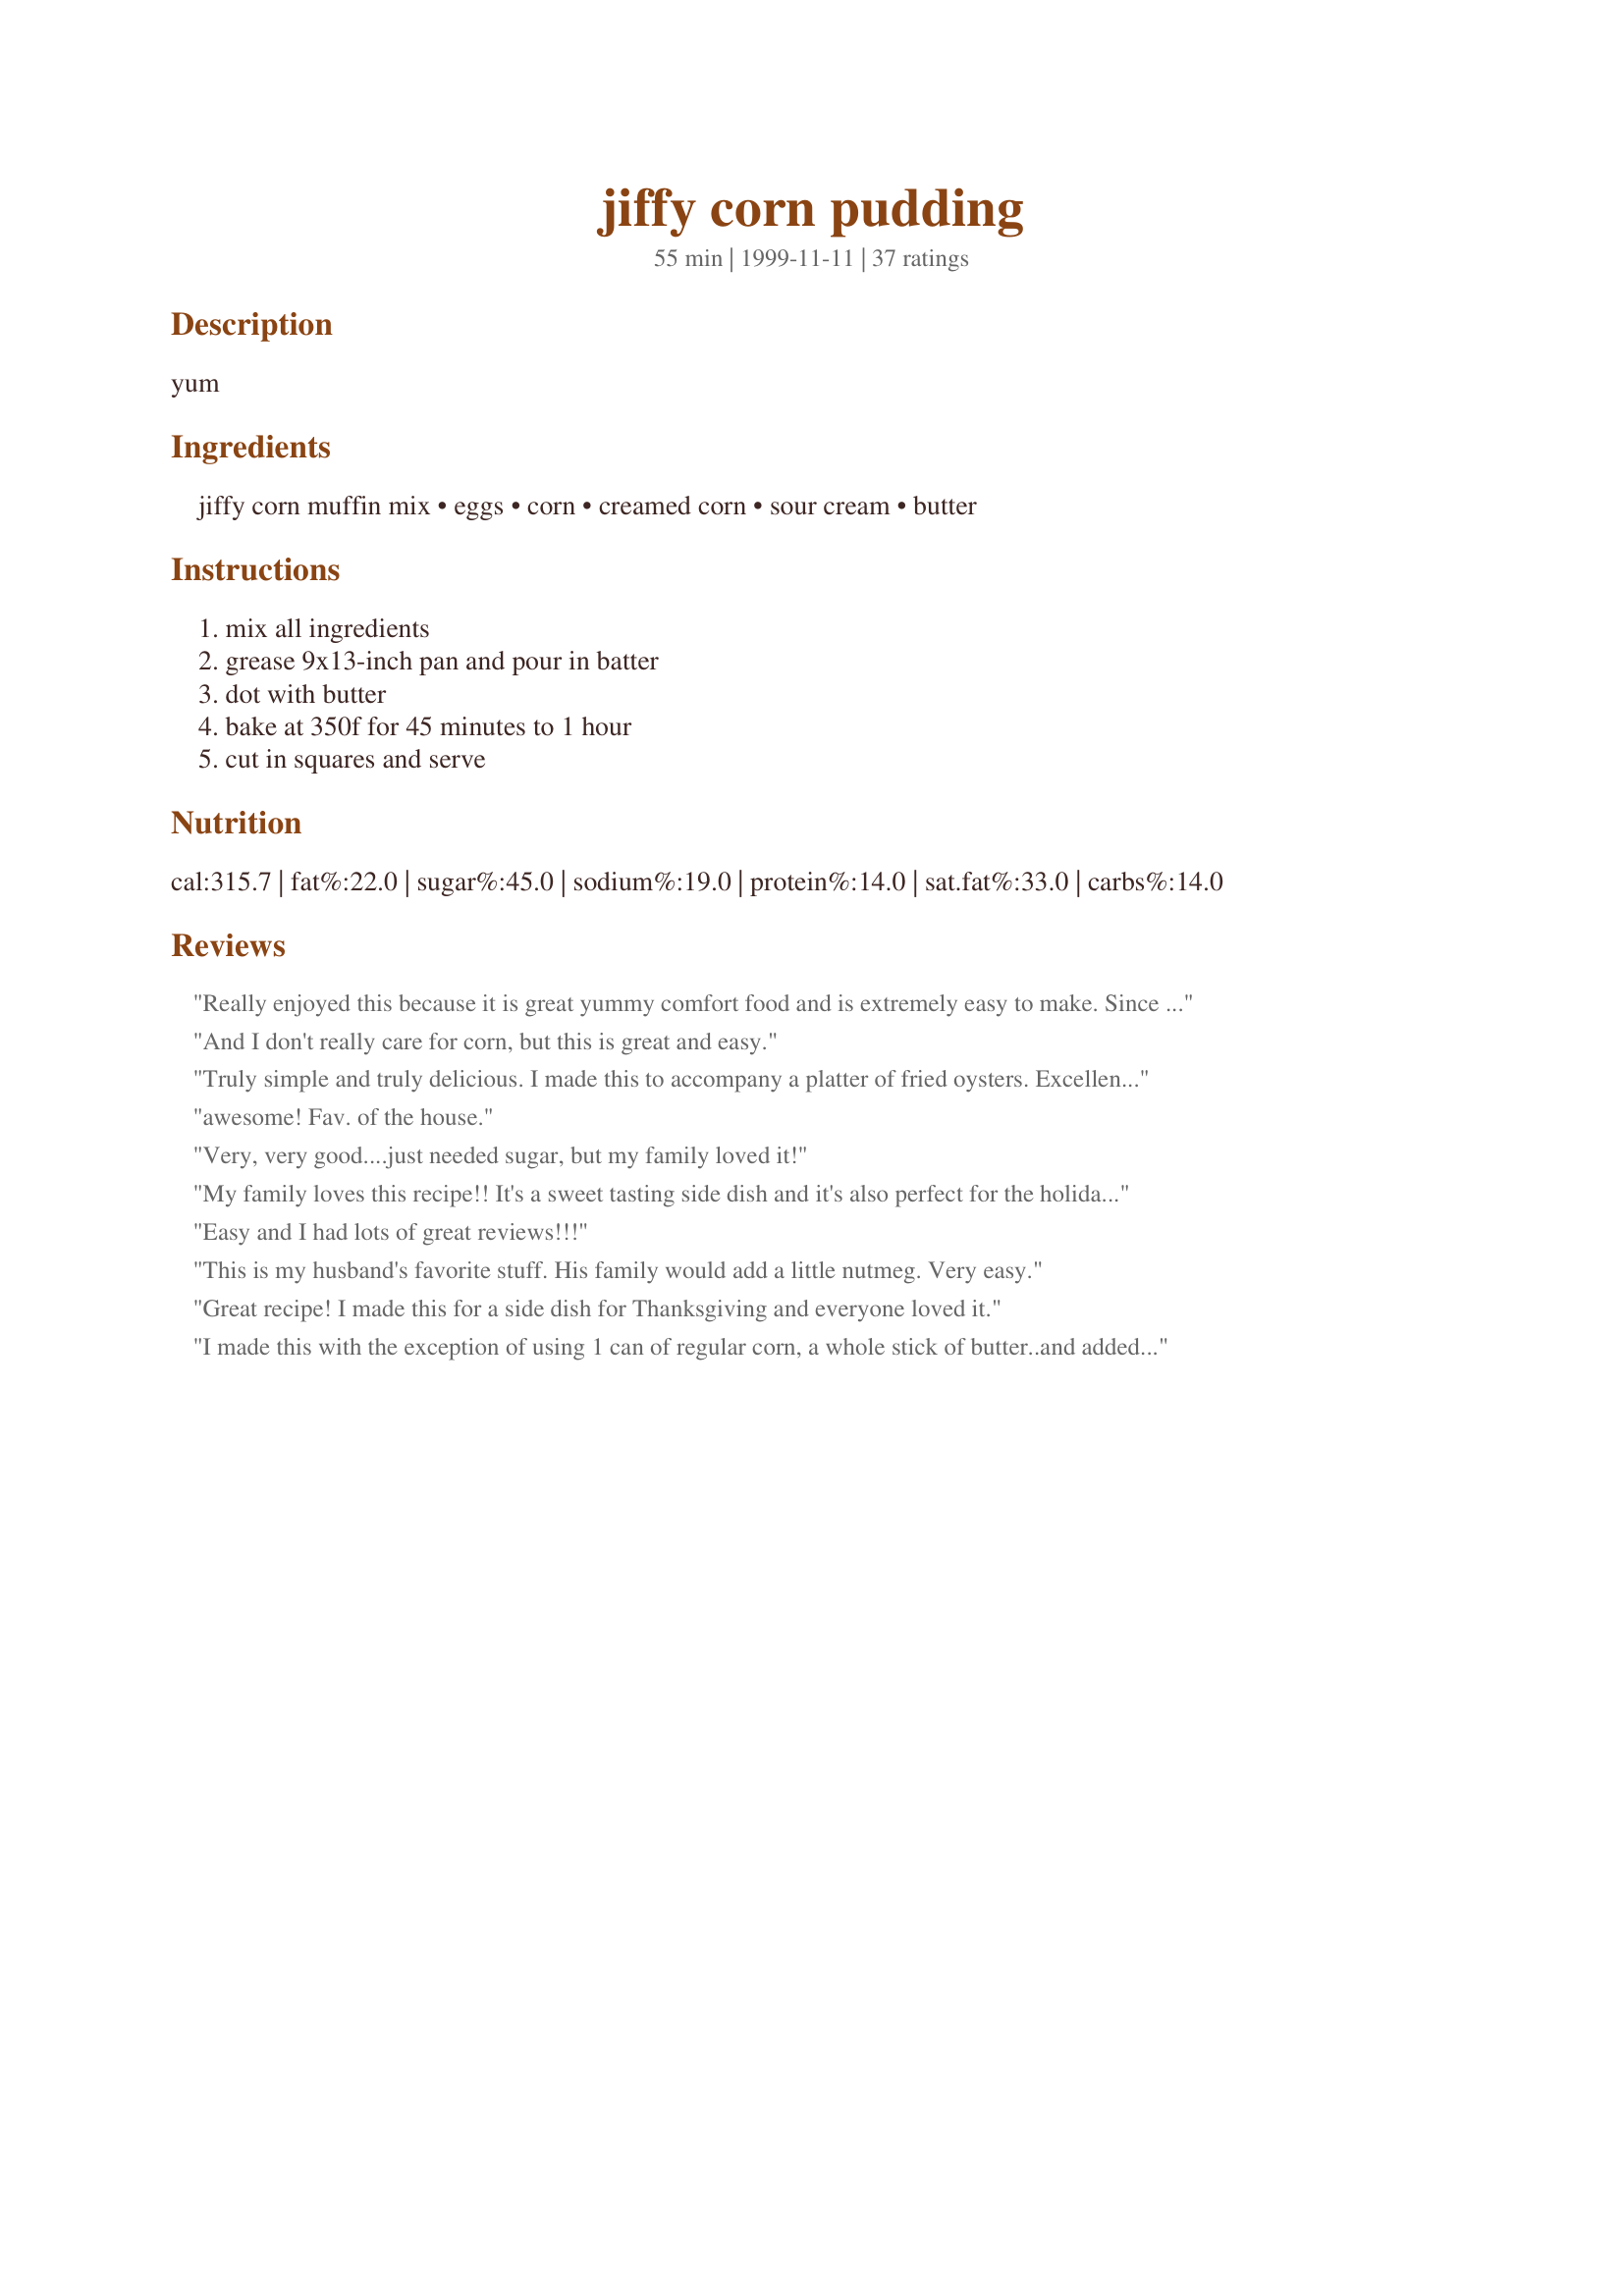
jiffy corn pudding
Preparation time: 55 minutes

yum

Ingredients:
jiffy corn muffin mix, eggs, corn, creamed corn, sour cream, butter

Steps:
mix all ingredients, grease 9x13-inch pan and pour in batter, dot with butter, bake at 350f for 45 minutes to 1 hour, cut in squares and serve

Reviews:
Really enjoyed this because it is great yummy comfort food and is extremely easy to make. Since we were a table of 3 for Thanksgiving and the oven was full, I halved the recipe and made it in a 4x6 casserole pan and baked it at 350 degrees in the toaster oven for approximately 35-40 minutes. This will work as an alternative to other carbs like mashed potatoes. I had the left over piece today with turkey, gravy and homemade cranberry sauce and it was actually better than on Thanksgiving, as it was a bit less wet. Thanks for the recipe!
And I don't really care for corn, but this is great and easy.
Truly simple and truly delicious. I made this to accompany a platter of fried oysters. Excellent. Thanks for posting this!
awesome! Fav. of the house.
Very, very good....just needed sugar, but my family loved it!
My family loves this recipe!! It's a sweet tasting side dish and it's also perfect for the holidays. I've also made it using mexican canned corn instead of regular. mmmmmgood!!!!
Easy and I had lots of great reviews!!!
This is my husband's favorite stuff. His family would add a little nutmeg. Very easy.
Great recipe! I made this for a side dish for Thanksgiving and everyone loved it.
I made this with the exception of using 1 can of regular corn, a whole stick of butter..and added cheese and diced ortega chilis--It was a winner..and I love the simplicity of only having to open cans and dump ingredients..minimal clean up and my daughter can do it by herself--
I followed the recipe exactly but no one in my large family really liked this at all. I wanted to like it as it sounds really good, but I just didn't.
I made this for Christmas dinner and the big joke was how bad it was! (just to keep others from trying it) By our family's unanimous vote, it has been added to the list of "traditional" dishes for our Christmas dinner. Thanks for such a wonderful recipe! And easy, too!
I just returned from my family reunion where this was served. Oh my goodness!!! Only one change, my cousin added a scant 1/4 cup sugar and a full stick of butter. Yummy!!!!!
This recipe is perfect! It is very easy to make, has very few ingredients, and my family loved it.
So easy, so good. Thank you.
joowilly
We really enjoyed this corn pudding. The texture was just perfect. I served it with shrimp etouffee. It was sooooo yummy. Thanks for posting this recipe.
We have made this recipe a few times since Thanksgiving and I really loved it. It is kindof like the Mexican corn side dish you get in restaurants mixed with old time southern cooking!
So easy and so tasty! I keeper for me!
Where did this come from and why did it take me so long to make it??? This is excellent! I froze the leftovers and will enjoy them with numerous other meals. Can't think of anything this would not go with. Thanks Helen.
This is very similar to one I made from Taste of Home cookbook for Thanksgiving, which we LOVED!

The only changes I made was to add 1/2 cup sugar (I used Splenda) and only 1 can of whole kernel corn and 1 can of creamed corn. The sugar adds just a touch of sweetness. Thanks for sharing!
Doubled easily. Added pepper and some shredded cheddar. Great side for a wide array of main dishes.
My 5 year old made this almost completely by herself and it turned out fantastic!!! Everyone loved it and because she made it herself, my veggie shy daughter ate 3 helpings!!
I took this to a potluck at church and it was loved. I had to use 2 cans of cream corn and 1 can corn, that's all I had. Turned out great.
A must serve in this Southern home! It's easy, inexpensive and tasty. Always a hit!
Usually I make rice with my old standby, Campbells' Mushroom Soup Chicken, but today I made this corn pudding. It was a great success. My husband and children ate every bit. I like it because I always have everything on hand to make this ! Great recipe for teaching children how to cook !
I really liked this. I'm not a fan of creamed corn and I had a can of them I was wanting to use up. I chose this recipe and am so glad I did. I now am going to buy more cream corn so I can make this recipe. Perfect side dish for my ribs and mac and cheese. Thank you for sharing your recipe with us.
Sooo very good, I ate almost all of it by myself. This corn Pudding is KING and by the way I'm having Baked Turkey Wings and 
Cornbread Stuffing mixed w/Bread 
chicken stuffing both box mixes and the CORN PUDDING is in the oven now!! YUM! Jackie
p.s. I added 1 more egg and 1 more can of cream corn and a little sugar. This made "sooo very good" just a little better!
Very easy recipe! I didn't have any cans of corn, but did use creamed corn and used only 5 oz of sour cream (thats all we had)! I also added splenda to sweeten it up! I also baked it at 400F for 30 minutes to eat this with the rest of dinner. My hubby hates corn-anything, but actually ate this because he said it wasn't too "corny" or dry. This was so fast to make and cheap!
Very good!! My entire family loved it and wanted the recipe!!
Recipes is very easy and combines two of my favorite foods very good and everyone loves it definately a keeper Thanks so much for the recipie
I LOVE this recipe! My family always added sugar to make it a little sweeter, and my in-laws put crumbled Ritz crackers on top. Either way, this dish is always there when the family has a big dinner.
This is just the best ever corn pudding recipe. I would give it 10 stars if I could. I made it for Christmas dinner and it was a big hit. No leftovers. I followed the recipe exactly, and could not have been happier with the results.
This is a great recipe. It is VERY EASY. This is an extremely kid friendly recipe. I have a very picky 6 yr old who isn't a fan of vegetables...he came back for 3rds. Thank you for the recipe its a keeper.
simple and awesome! it was a great consistency, not souffle-like, but not stiff cornbread-like. A great side dish for thanksgiving, and it would be great in the summer with barbecue. not too sweet, and very economical. this recipe will make me question just making the ordinary Jiffy cornbread from now on.
My boyfriend is from the south and asked for corn pudding. I made this and he said it was authentic southern corn pudding! It was such a hit, I made it for a barbeque last month and my guests are still talking about it and one even asked to reserve his piece of corn pudding for the next get-together! This is delicious and so simple!
I have been making this side dish for a little over a year now and everyone loves it. It's my daughter-in-law's favorite and she asks me to make it when they come over for dinner. It's also a favorite at work, when I bring this for potlucks. Like some of the other reviewers, I add about 1/2 cup of sugar to the batter before pouring it into the baking dish. It tastes a lot like a dish served at a local Mexican restaurant called El Torito, and I looked high and low to find this recpie. Try it.... I think you'll like it.
I used frozen instead of canned and i used 4 oz of sour cream and 1/4 cup heavy cream and it turned out just as good. It was gobbled (made it for thanksgiving) up fast.
